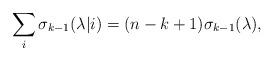
LaTeX: \begin{align*}\sum_i \sigma_{k-1}(\lambda|i) = (n - k + 1) \sigma_{k-1}(\lambda),\end{align*}